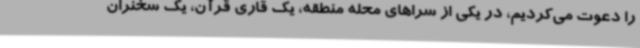
را دعوت می‌کردیم، در یکی از سراهای محله منطقه، یک قاری قرآن، یک سخنران